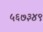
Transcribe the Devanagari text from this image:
५६७३४९